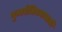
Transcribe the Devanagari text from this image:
पुन्नर्रंजिवनासाठी